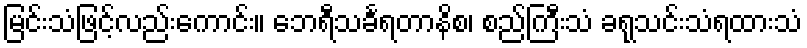
မြင်းသံဖြင့်လည်းကောင်း။ ဘေရီသင်္ခရတာနိစ၊ စည်ကြီးသံ ခရုသင်းသံရထားသံ